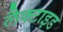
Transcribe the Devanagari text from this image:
लैक्टाइड